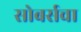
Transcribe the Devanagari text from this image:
सोबर्सचा